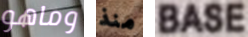
وماهو منذ BASE